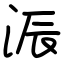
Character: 浱